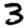
Digit: 3